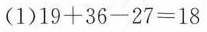
(1) $$1 9 + 3 6 - 2 7 = 1 8$$